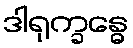
ဒါရုက္ခန္ဓေ